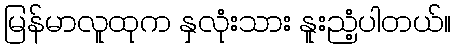
မြန်မာလူထုက နှလုံးသား နူးညံ့ပါတယ်။